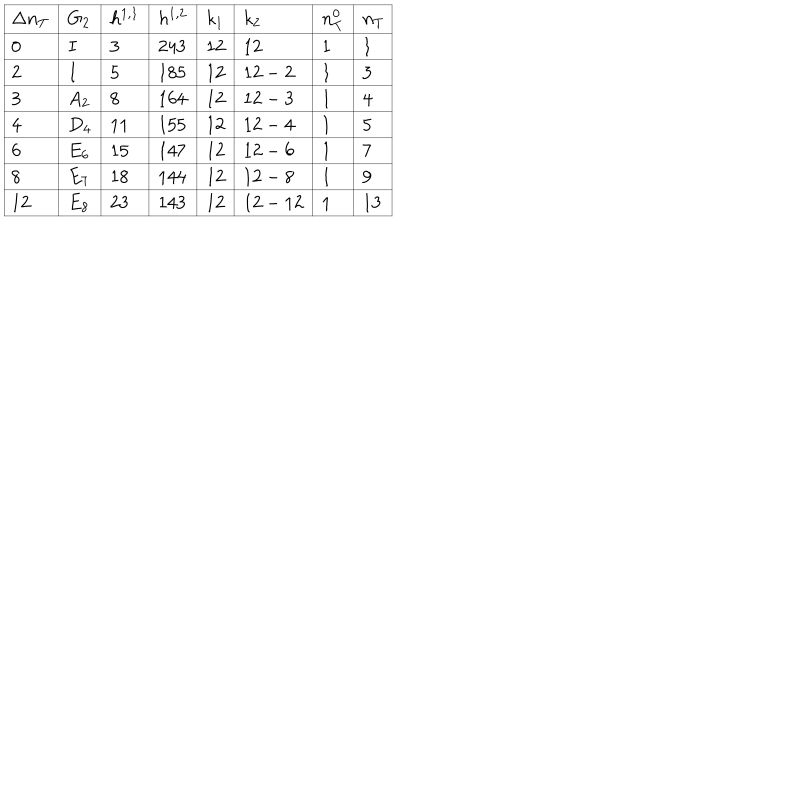
LaTeX: \begin{array} { | l | l | l | l | l | l | l | l | } \hline { { \Delta n _ { T } } } & { { G _ { 2 } } } & { { h ^ { 1 , 1 } } } & { { h ^ { 1 , 2 } } } & { { k _ { 1 } } } & { { k _ { 2 } } } & { { n _ { T } ^ { 0 } } } & { { n _ { T } } } \\ \hline { { 0 } } & { { I } } & { { 3 } } & { { 2 4 3 } } & { { 1 2 } } & { { 1 2 } } & { { 1 } } & { { 1 } } \\ \hline { { 2 } } & { { I } } & { { 5 } } & { { 1 8 5 } } & { { 1 2 } } & { { 1 2 - 2 } } & { { 1 } } & { { 3 } } \\ \hline { { 3 } } & { { A _ { 2 } } } & { { 8 } } & { { 1 6 4 } } & { { 1 2 } } & { { 1 2 - 3 } } & { { 1 } } & { { 4 } } \\ \hline { { 4 } } & { { D _ { 4 } } } & { { 1 1 } } & { { 1 5 5 } } & { { 1 2 } } & { { 1 2 - 4 } } & { { 1 } } & { { 5 } } \\ \hline { { 6 } } & { { E _ { 6 } } } & { { 1 5 } } & { { 1 4 7 } } & { { 1 2 } } & { { 1 2 - 6 } } & { { 1 } } & { { 7 } } \\ \hline { { 8 } } & { { E _ { 7 } } } & { { 1 8 } } & { { 1 4 4 } } & { { 1 2 } } & { { 1 2 - 8 } } & { { 1 } } & { { 9 } } \\ \hline { { 1 2 } } & { { E _ { 8 } } } & { { 2 3 } } & { { 1 4 3 } } & { { 1 2 } } & { { 1 2 - 1 2 } } & { { 1 } } & { { 1 3 } } \\ \hline { { } } \\ \end{array}